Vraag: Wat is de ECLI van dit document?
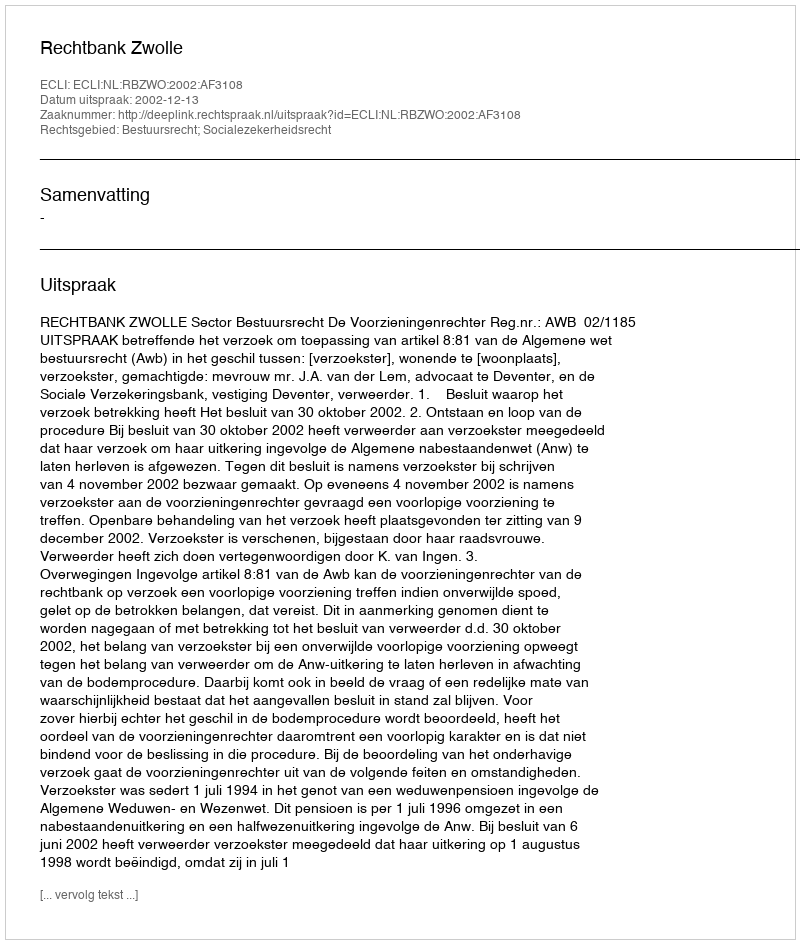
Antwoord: ECLI:NL:RBZWO:2002:AF3108